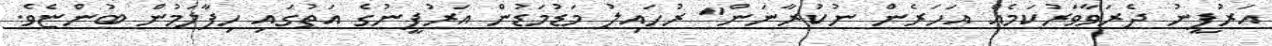
އަރުފީނު ދެރަވާވަރުކަމެއް އަހަރެން ނުކުރާނަން" ރުހައިލު މަޑުމަޑުން އަރުފީނުގެ އަތުގައި ހިފާލަމުން ބުންޏެވެ.